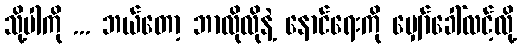
သို့ပါကို ... ဘယ်တော့ ဘာလိုလိုနဲ့ နောင်ရေးကို မျှော်ခေါ်လင့်လို့